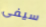
سيفى